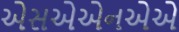
એસએએનએએ